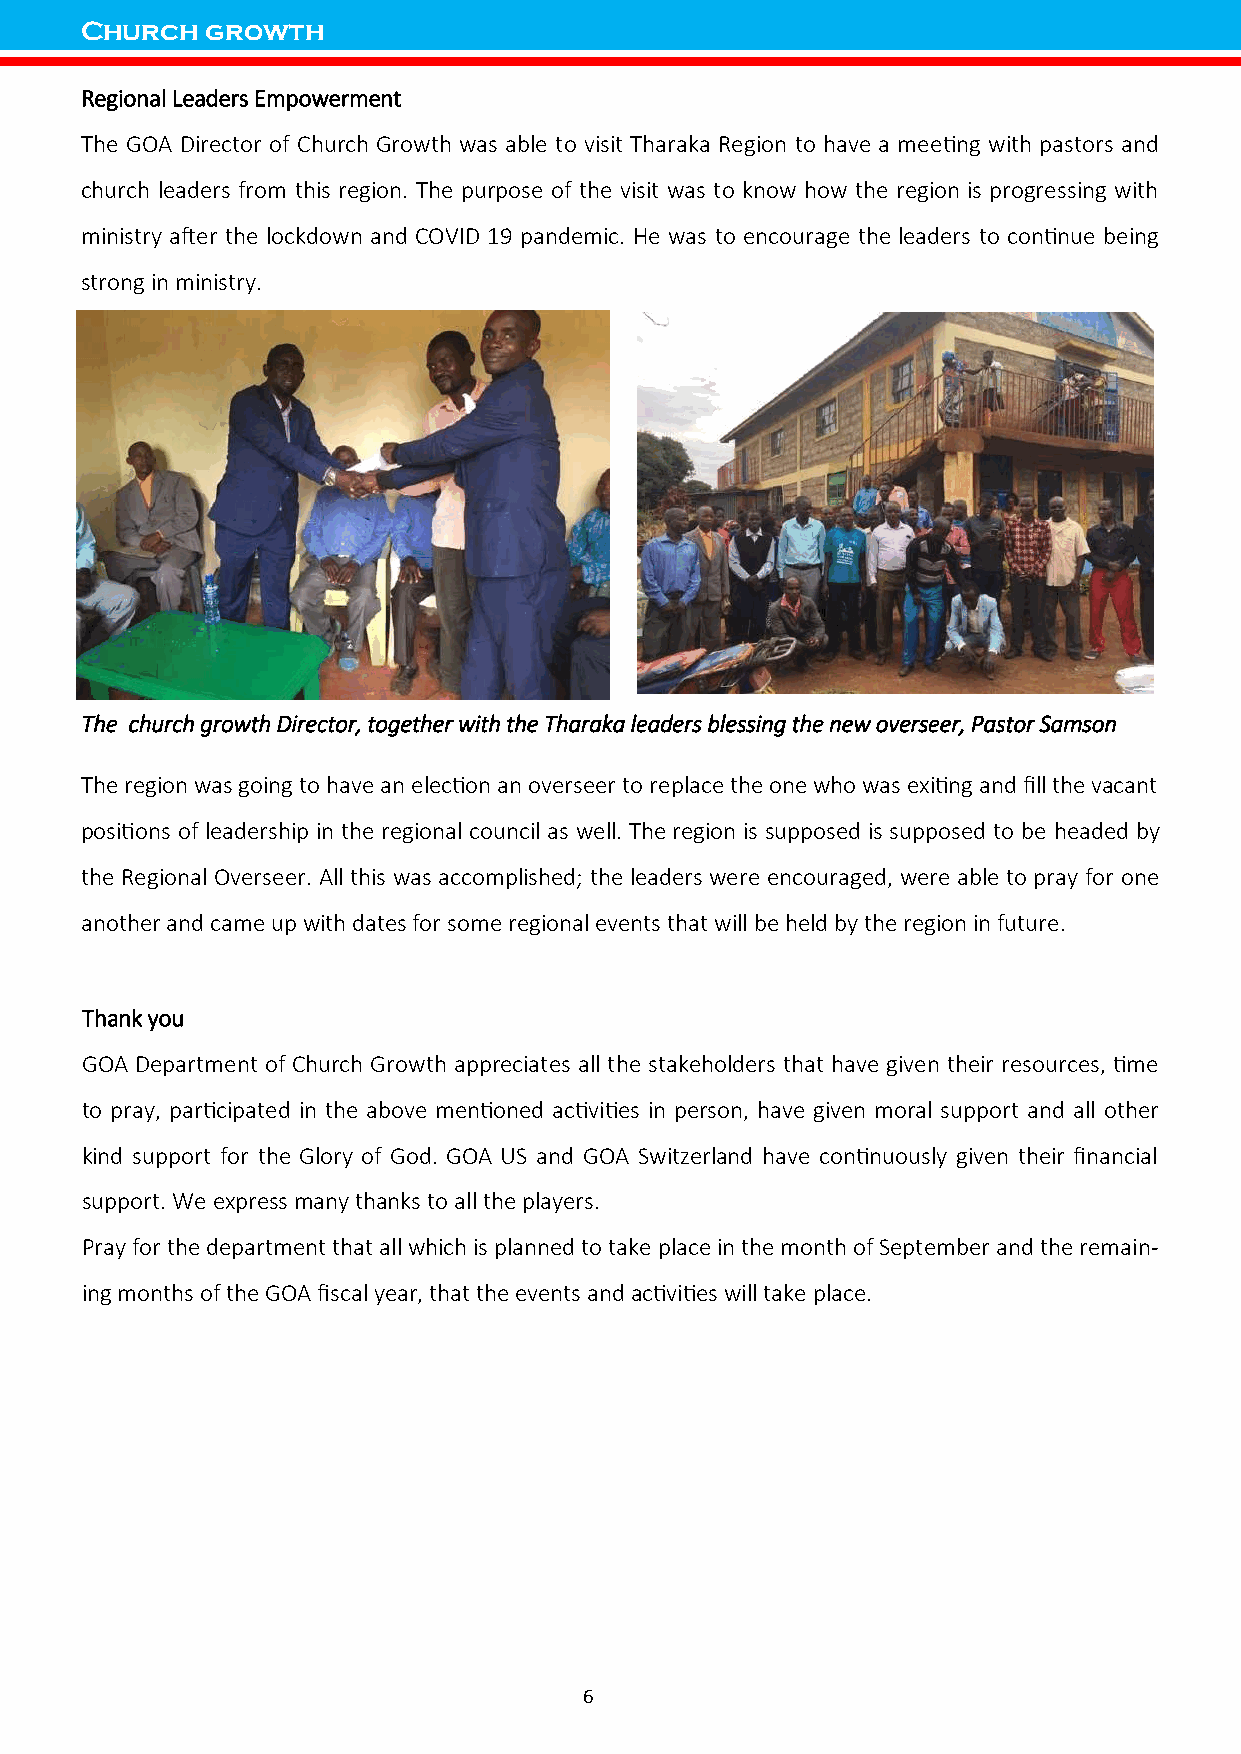
Church   growth
 Regional Leaders Empowerment
 The GOA Director of Church Growth was able to visit Tharaka Region to have a meeting with pastors and
 church leaders from this region. The purpose of the visit was to know how the region is progressing with
 ministry after the lockdown and COVID 19 pandemic. He was to encourage the leaders to continue being
 strong in ministry.
 The church growth Director, together with the Tharaka leaders blessing the new overseer, Pastor Samson
 The region was going to have an election an overseer to replace the one who was exiting and fill the vacant
 positions of leadership in the regional council as well. The region is supposed is supposed to be headed by
 the Regional Overseer. All this was accomplished; the leaders were encouraged, were able to pray for one
 another and came up with dates for some regional events that will be held by the region in future.
 Thank you
 GOA Department of Church Growth appreciates all the stakeholders that have given their resources, time
 to pray, participated in the above mentioned activities in person, have given moral support and all other
 kind support for the Glory of God. GOA US and GOA Switzerland have continuously given their financial
 support. We express many thanks to all the players.
 Pray for the department that all which is planned to take place in the month of September and the remain-
 ing months of the GOA fiscal year, that the events and activities will take place.
 6